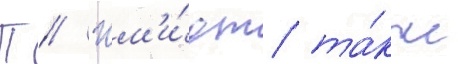
П // Шм'и́дт та́кже